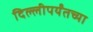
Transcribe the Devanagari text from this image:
दिल्लीपर्यंतच्या